Plague in India, 1896, 1897 - Volume 1
Year: 1896
Disease focus: Plague
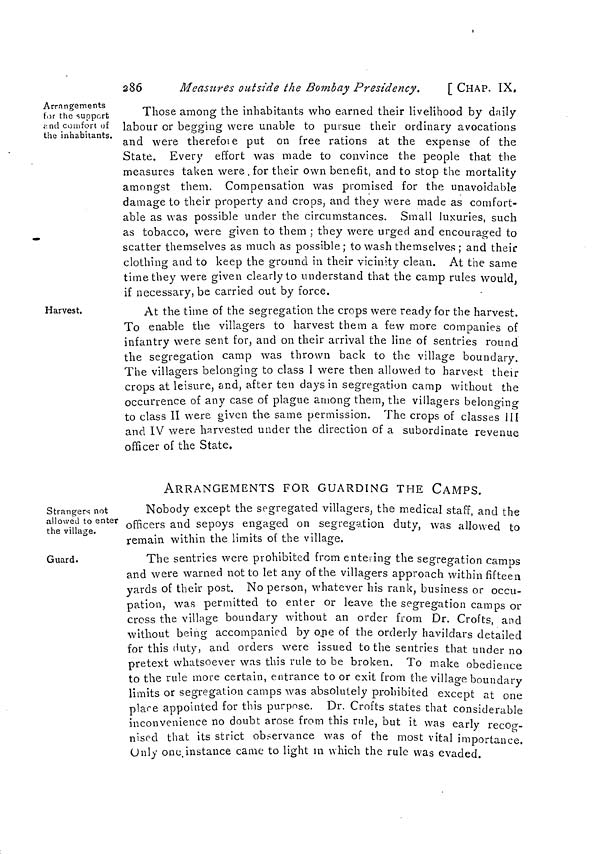
286
Measures outside the Bombay Presidency.
[ CHAP. IX.
Arrangements
for the support
and comfort of
the inhabitants.
Those among the inhabitants who earned their livelihood by daily
labour or begging were unable to pursue their ordinary avocations
and were therefore put on free rations at the expense of the
State. Every effort was made to convince the people that the
measures taken were . for their own benefit, and to stop the mortality
amongst them. Compensation was promised for the unavoidable
damage to their property and crops, and they were made as comfort-
able as was possible under the circumstances. Small luxuries, such
as tobacco, were given to them ; they were urged and encouraged to
scatter themselves as much as possible ; to wash themselves ; and their
clothing and to keep the ground in their vicinity clean. At the same
time they were given clearly to understand that the camp rules would,
if necessary, be carried out by force.
Harvest.
At the time of the segregation the crops were ready for the harvest.
To enable the villagers to harvest them a few more companies of
infantry were sent for, and on their arrival the line of sentries round
the segregation camp was thrown back to the village boundary.
The villagers belonging to class I were then allowed to harvest their
crops at leisure, and, after ten days in segregation camp without the
occurrence of any case of plague among them, the villagers belonging
to class II were given the same permission. The crops of classes III
and IV were harvested under the direction of a subordinate revenue
officer of the State.
ARRANGEMENTS FOR GUARDING THE CAMPS.
Strangers not
allowed to enter
the village.
Nobody except the segregated villagers, the medical staff, and the
officers and sepoys engaged on segregation duty, was allowed to
remain within the limits of the village.
Guard.
The sentries were prohibited from entering the segregation camps
and were warned not to let any of the villagers approach within fifteen
yards of their post. No person, whatever his rank, business or occu-
pation, was permitted to enter or leave the segregation camps or
cross the village boundary without an order from Dr. Crofts, and
without being accompanied by one of the orderly havildars detailed
for this duty, and orders were issued to the sentries that under no
pretext whatsoever was this rule to be broken. To make obedience
to the rule more certain, entrance to or exit from the village boundary
limits or segregation camps was absolutely prohibited except at one
place appointed for this purpose. Dr. Crofts states that considerable
inconvenience no doubt arose from this rule, but it was early recog-
nised that its strict observance was of the most vital importance.
Only one instance came to light in which the rule was evaded.